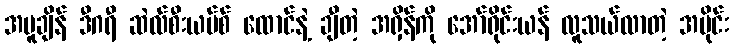
အပူချိန် ဒီဂရီ ဆဲလ်စီးယပ်စ် ထောင်နဲ့ ချီတဲ့ အရှိန်ကို အော်ရိုင်းယန် လူသယ်လာတဲ့ အပိုင်း